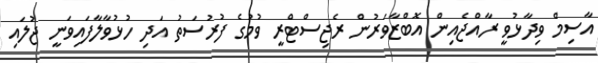
އާސިމް ވިދާޅުވީ ރާއްޖެއިން އޮބްޒާވަރުން ރެޖިސްޓްރީ ވުމުގެ ފުރުސަތު އަދި ހުޅުވާލާފައިވަނީ ޖުލައި